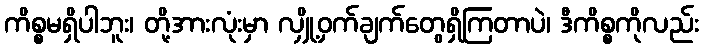
ကိစ္စမရှိပါဘူး၊ တို့အားလုံးမှာ လျှို့ဝှက်ချက်တွေရှိကြတာပဲ၊ ဒီကိစ္စကိုလည်း